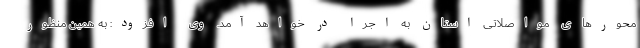
محورهای مواصلاتی استان به اجرا در خواهد آمد. وی افزود: به همین منظور